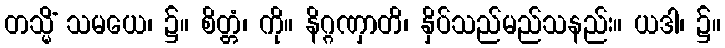
တသ္မိံ သမယေ၊ ၌။ စိတ္တံ၊ ကို။ နိဂ္ဂဏှာတိ၊ နှိပ်သည်မည်သနည်း။ ယဒါ၊ ၌။